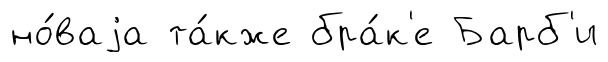
но́ваjа та́кже бра́к'е Барб'и